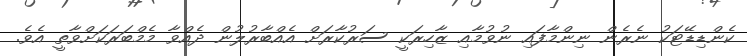
ކެންޑިޑޭޓަކު ނެރެން ނިންމާފައި ނުވުމާއި ޒާހިރަކީ ސަރުކާރަށް އެއްބާރުލުން ދެއްވާ މެމްބަރަކަށްވާތީ އެވެ.